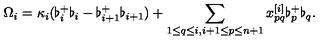
\Omega _ { i } = \kappa _ { i } ( \flat _ { i } ^ { + } \flat _ { i } - \flat _ { i + 1 } ^ { + } \flat _ { i + 1 } ) + \sum _ { 1 \leq q \leq i , i + 1 \leq p \leq n + 1 } x _ { p q } ^ { [ i ] } \flat _ { p } ^ { + } \flat _ { q } .